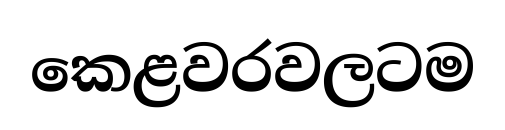
කෙළවරවලටම